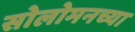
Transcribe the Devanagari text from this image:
सोलोमनच्या